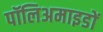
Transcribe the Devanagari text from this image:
पॉलिअमाइडों